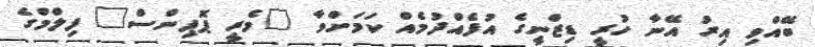
ބޭއްވި އިރު އޭނާ ހުރީ ޑިޒްނީގެ އުފެއްދުމެއް ކަމަށްވާ "މެރީ ޕޮޕިންސް" ފިލްމްގެ